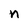
Character: n